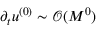
\partial _ { t } \ensuremath { u ^ { ( 0 ) } } \sim \ensuremath { \mathcal { O } ( M ^ { 0 } ) }